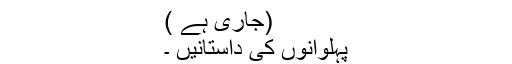
(جاری ہے )
پہلوانوں کی داستانیں ۔